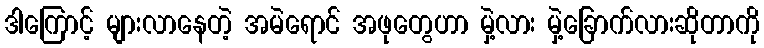
ဒါကြောင့် များလာနေတဲ့ အမဲရောင် အဖုတွေဟာ မှဲ့လား မှဲ့ခြောက်လားဆိုတာကို